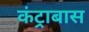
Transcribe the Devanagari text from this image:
कंट्राबास